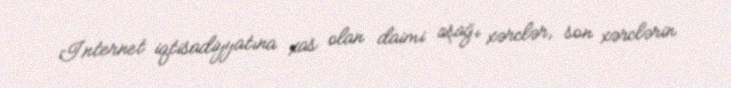
İnternet iqtisadiyyatına xas olan daimi aşağı xərclər, son xərclərin